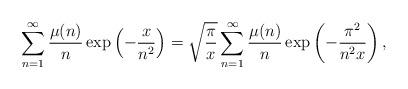
LaTeX: \begin{align*}\sum_{n=1}^{\infty} \frac{\mu(n)}{n} \exp\left({-\frac{x}{n^2}}\right) = \sqrt{\frac{\pi}{x}} \sum_{n=1}^{\infty} \frac{\mu(n)}{n} \exp\left(- \frac{\pi^2}{n^2 x} \right),\end{align*}